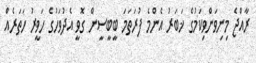
ރާއްޖެ މިނިވަންވިކަމުގެ ޚަބަރު އެންމެ ފުރަތަމަ ބީބީސީން ގޮވީ އެދުވަހުގެ ހަވީރު ހަތަރެއް